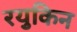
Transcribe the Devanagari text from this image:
रयुकिन